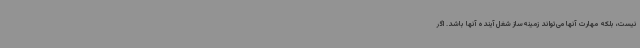
نیست، بلکه مهارت آنها می‌تواند زمینه‌ساز شغل آینده آنها باشد. اگر